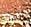
أنها